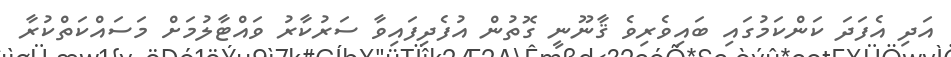
އަދި އެފަދަ ކަންކަމުގައި ބައިވެރިވެ ޤާނޫނީ ގޮތުން އުފެދިފައިވާ ސަރުކާރު ވައްޓާލުމަށް މަސައްކަތްކުރާ